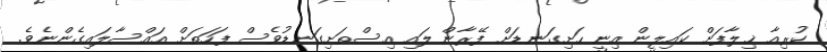
ކުރިއާ ޚިލާފަށް ކައިލީން އިނީ ހަށިގަނޑަށް ފޭރާން ލައި އިސްތަށިގަނޑުވެސް ފަހަތަށް އައްސާލައިގެންނެވެ.